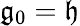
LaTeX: {\mathfrak{g}}_{0}={\mathfrak{h}}